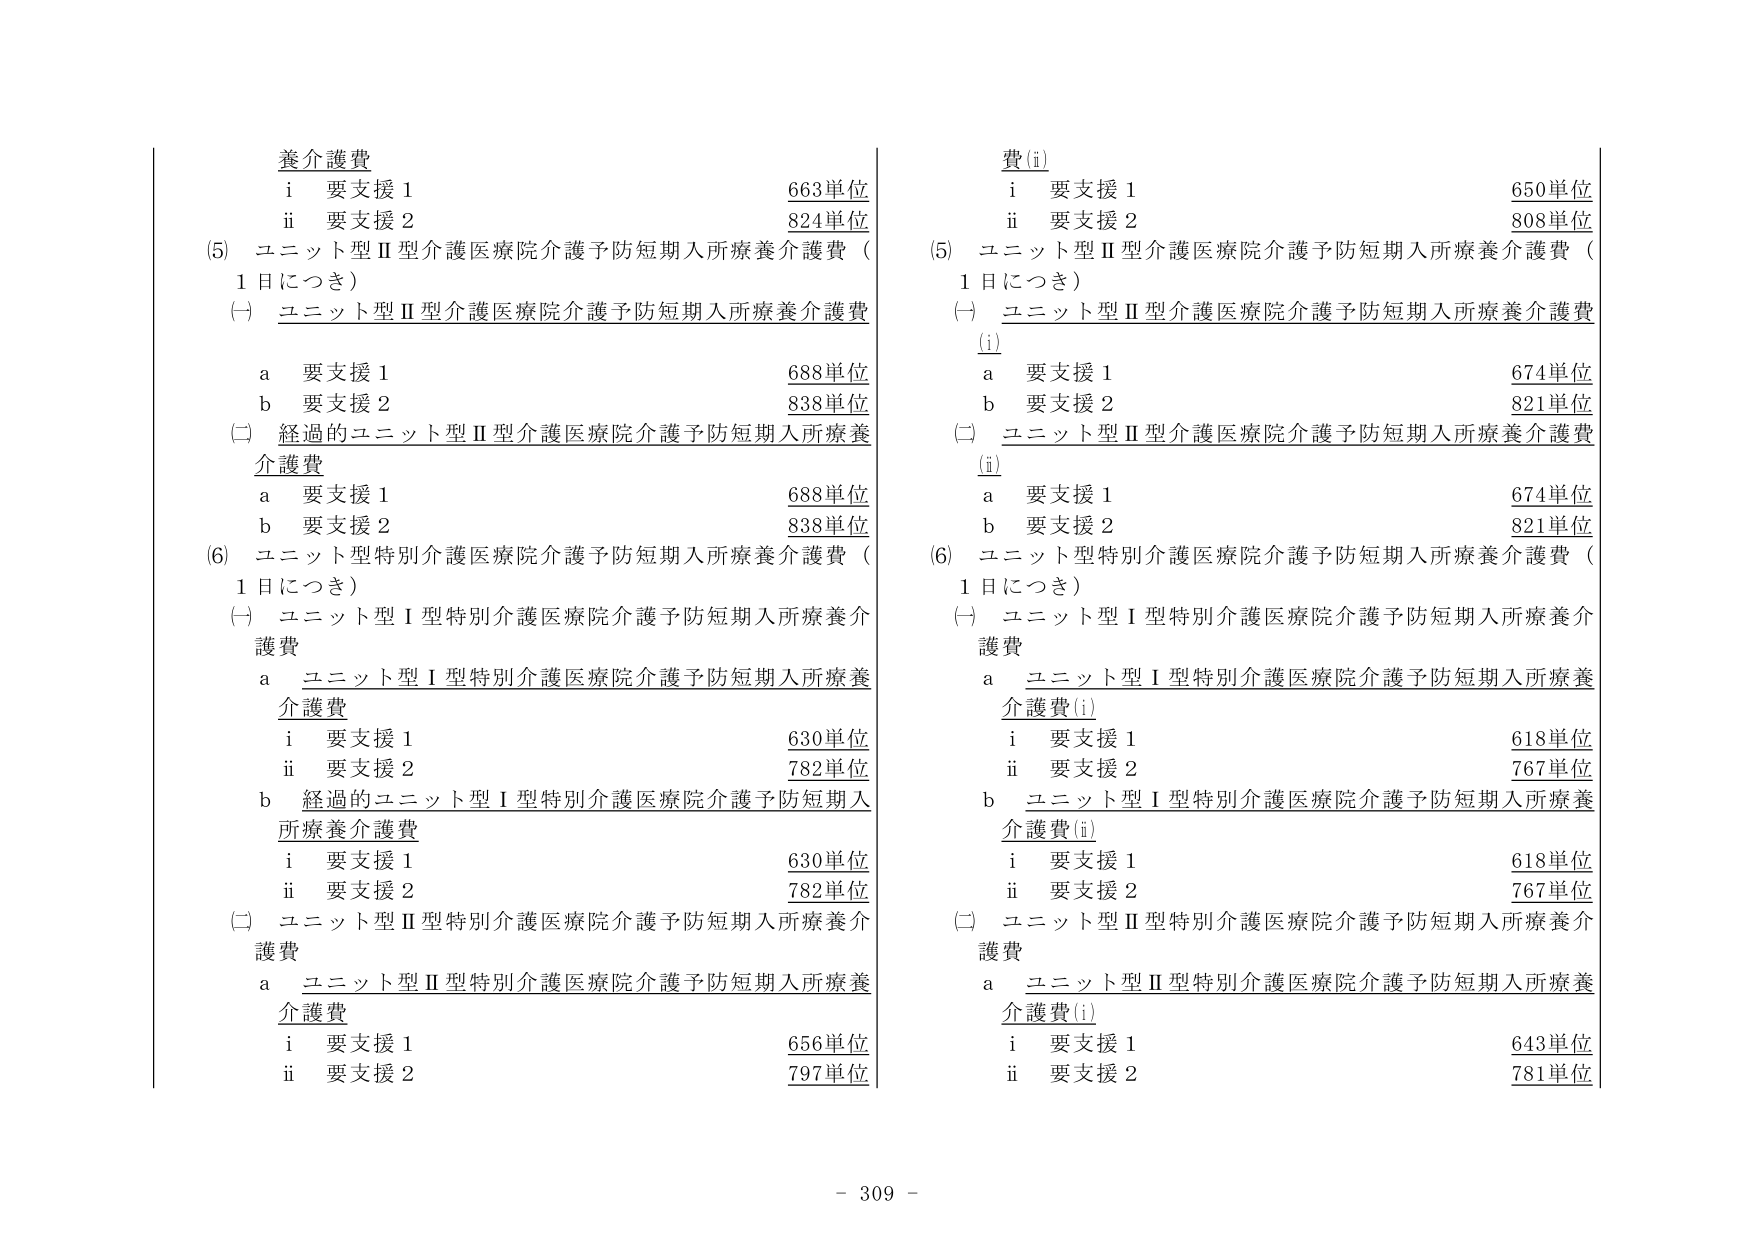
養介護費
　i　要支援１　　　　　　　　　　　　　663単位
　ii　要支援２　　　　　　　　　　　　　824単位
(5) ユニット型Ⅱ型介護医療院介護予防短期入所療養介護費（1日につき）
　(一) ユニット型Ⅱ型介護医療院介護予防短期入所療養介護費
　　　a　要支援１　　　　　　　　　　　　　688単位
　　　b　要支援２　　　　　　　　　　　　　838単位
　(二) 経過的ユニット型Ⅱ型介護医療院介護予防短期入所療養介護費
　　　a　要支援１　　　　　　　　　　　　　688単位
　　　b　要支援２　　　　　　　　　　　　　838単位
(6) ユニット型特別介護医療院介護予防短期入所療養介護費（1日につき）
　(一) ユニット型Ⅰ型特別介護医療院介護予防短期入所療養介護費
　　　a　ユニット型Ⅰ型特別介護医療院介護予防短期入所療養介護費
　　　　　i　要支援１　　　　　　　　　　　　630単位
　　　　　ii　要支援２　　　　　　　　　　　782単位
　　　b　経過的ユニット型Ⅰ型特別介護医療院介護予防短期入所療養介護費
　　　　　i　要支援１　　　　　　　　　　　　630単位
　　　　　ii　要支援２　　　　　　　　　　　782単位
　(二) ユニット型Ⅱ型特別介護医療院介護予防短期入所療養介護費
　　　a　ユニット型Ⅱ型特別介護医療院介護予防短期入所療養介護費
　　　　　i　要支援１　　　　　　　　　　　　656単位
　　　　　ii　要支援２　　　　　　　　　　　797単位

費(i)
　i　要支援１　　　　　　　　　　　　　650単位
　ii　要支援２　　　　　　　　　　　　　808単位
(5) ユニット型Ⅱ型介護医療院介護予防短期入所療養介護費（1日につき）
　(一) ユニット型Ⅱ型介護医療院介護予防短期入所療養介護費(i)
　　　a　要支援１　　　　　　　　　　　　　674単位
　　　b　要支援２　　　　　　　　　　　　　821単位
　(二) ユニット型Ⅱ型介護医療院介護予防短期入所療養介護費(ii)
　　　a　要支援１　　　　　　　　　　　　　674単位
　　　b　要支援２　　　　　　　　　　　　　821単位
(6) ユニット型特別介護医療院介護予防短期入所療養介護費（1日につき）
　(一) ユニット型Ⅰ型特別介護医療院介護予防短期入所療養介護費
　　　a　ユニット型Ⅰ型特別介護医療院介護予防短期入所療養介護費(i)
　　　　　i　要支援１　　　　　　　　　　　　618単位
　　　　　ii　要支援２　　　　　　　　　　　767単位
　　　b　ユニット型Ⅰ型特別介護医療院介護予防短期入所療養介護費(ii)
　　　　　i　要支援１　　　　　　　　　　　　618単位
　　　　　ii　要支援２　　　　　　　　　　　767単位
　(二) ユニット型Ⅱ型特別介護医療院介護予防短期入所療養介護費
　　　a　ユニット型Ⅱ型特別介護医療院介護予防短期入所療養介護費(i)
　　　　　i　要支援１　　　　　　　　　　　　643単位
　　　　　ii　要支援２　　　　　　　　　　　781単位

- 309 -